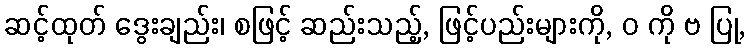
ဆင့်ထုတ် ဒွေးချည်း၊ စဖြင့် ဆည်းသည့်, ဖြင့်ပည်းများကို, ဝ ကို ဗ ပြု,